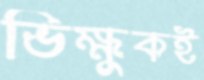
ভিক্ষুকই